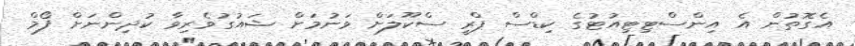
އެގޮތުން އެ އިންސްޓިޓިއުޓުގެ ކިޑްސް ޕްރީ ސްކޫލަށް ވަނުމަށް ޝައުގުވެރިވާ ކުދިންނަށް ފޯމް